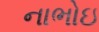
નાભોઇ